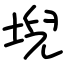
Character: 堄